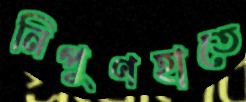
নিপুণহাতে